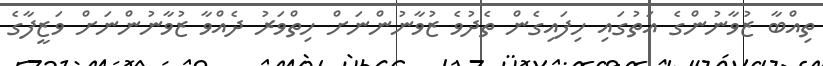
ތިއްބާ ޒުވާނުންގެ އަތުގައި ހިފައިގެން ތެދުވެ ޒުވާނުންނަށް ހިތްވަރު ދެއްވާ ޒުވާނުންނަށް ވަޒީފާގެ